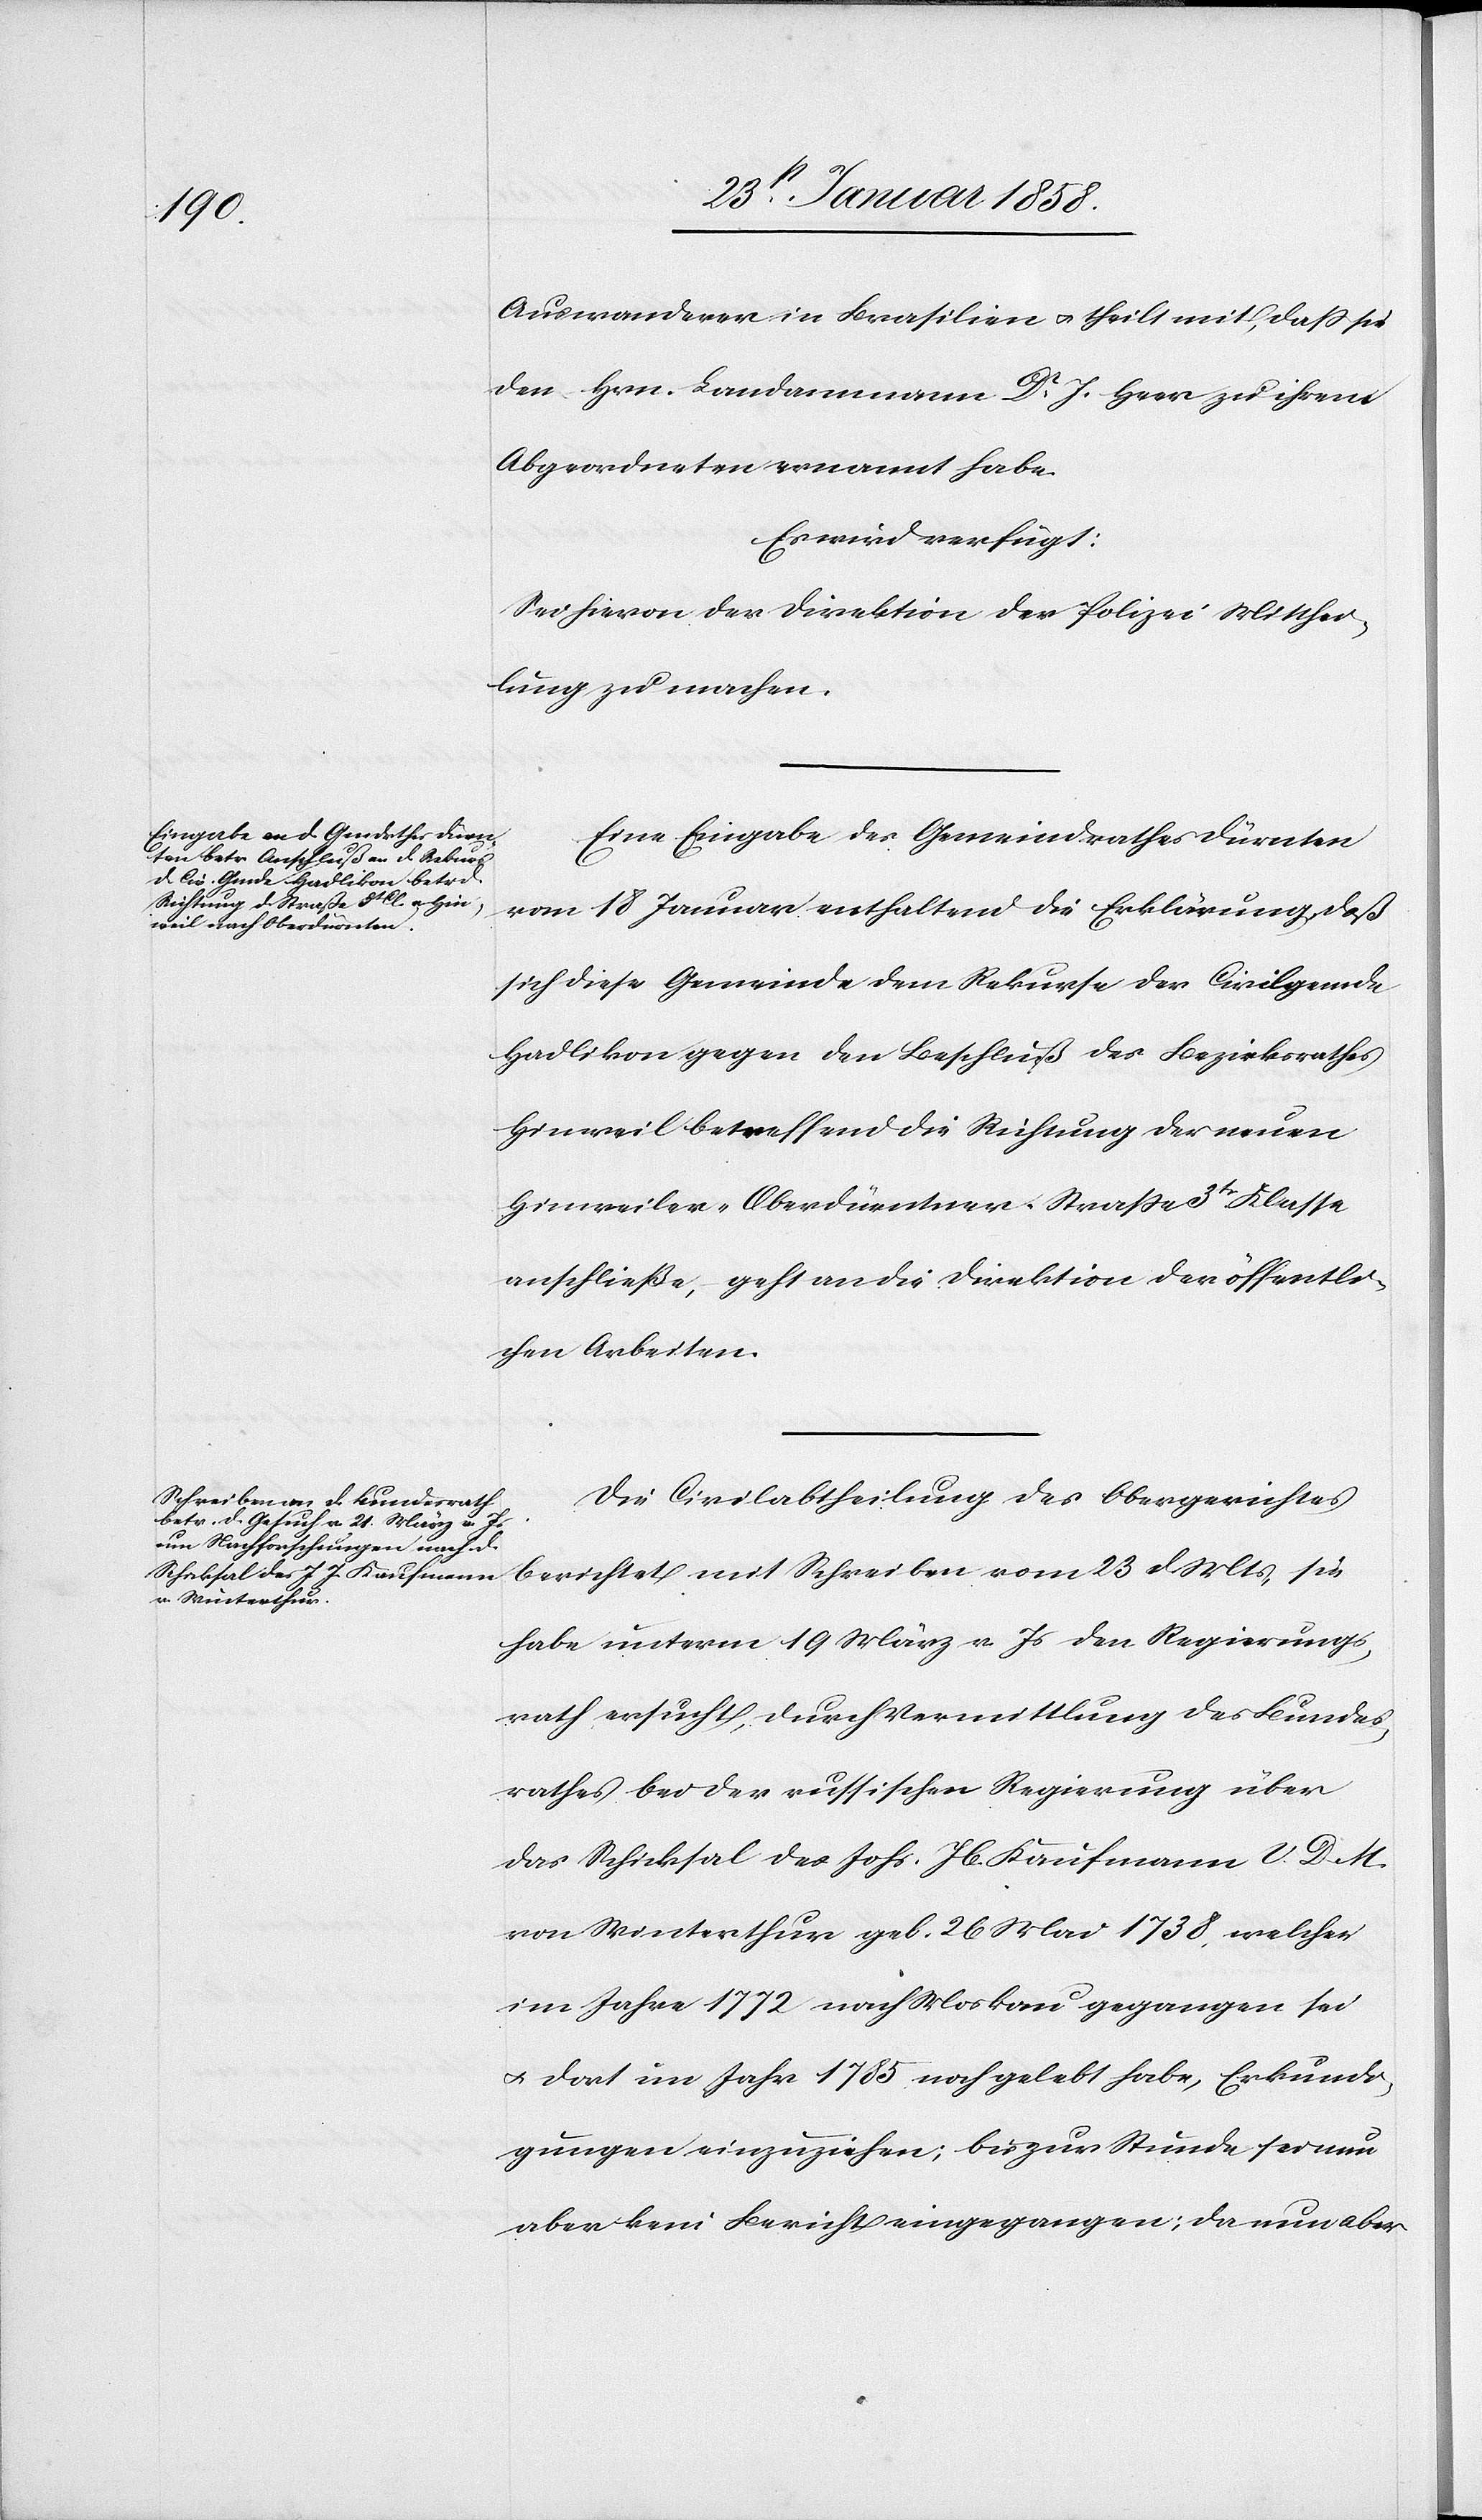
27st Januar 1858.]
Auswanderer in Brasilien u. theilt mit, daß sie
den Hrn. Landammann Dr J. Heer zu ihrem
Abgeordneten ernannt habe.
Es wird verfügt:
Sei hievon der Direktion der Polizei Mitthei¬
lung zu machen.
Eine Eingabe des Gemeindrathes Dürnten
vom 18 Januar enthaltend die Erklärung, daß
sich diese Gemeinde dem Rekurse der Civilgemeinde
Hadlikon gegen den Beschluß des Bezirksrathes
Hinweil betreffend die Richtung der neuen
Hinweiler-Oberdürntner-Straße 3tr Klasse
anschließe, geht an die Direktion der öffentli¬
chen Arbeiten.
Die Civilabtheilung des Obergerichtes
berichtet mit Schreiben vom 23 d. Mts, sie
habe unterm 19 März v. Js den Regierungs¬
rath ersucht, durch Vermittlung des Bundes¬
rathes bei der russischen Regierung über
das Schicksal des Johs. Jb. Kaufmann V. D. M.
von Winterthur geb. 26 Mai 1738, welcher
im Jahre 1772 nach Moskau gegangen sei
u. dort im Jahr 1785 noch gelebt habe, Erkundi¬
gungen einzuziehen; bis zur Stunde sei nun
aber kein Bericht eingegangen; da nun aber